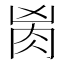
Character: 𰮎